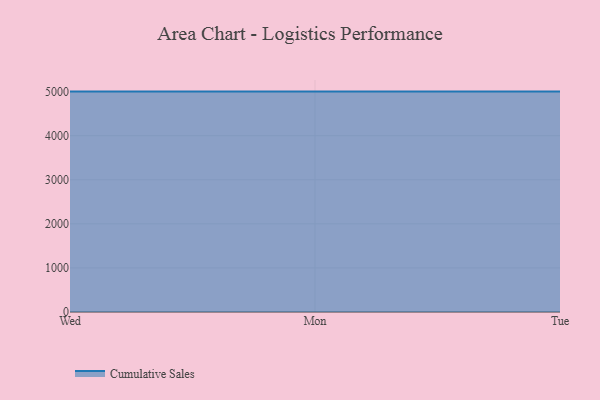
{"axis": {"x": "Day", "y": "Backlog"}, "legend": ["Cumulative Sales"], "data": [{"x": "Wed", "y": 5000, "type": "Cumulative Sales"}, {"x": "Mon", "y": 5000, "type": "Cumulative Sales"}, {"x": "Tue", "y": 5000, "type": "Cumulative Sales"}]}